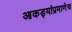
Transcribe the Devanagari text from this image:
आकड्यांप्रमाणेच